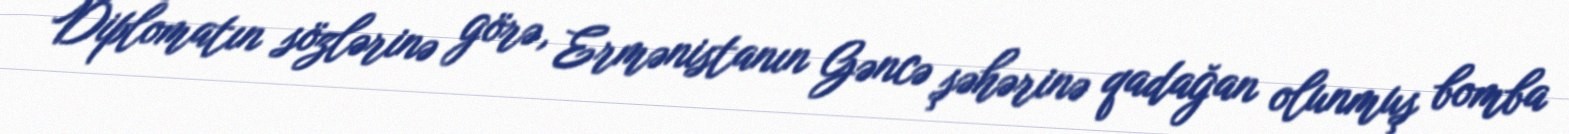
Diplomatın sözlərinə görə, Ermənistanın Gəncə şəhərinə qadağan olunmuş bomba